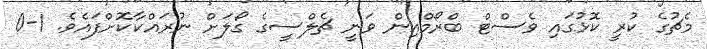
މެޗުގެ ކުރީ ކޮޅުގައި ވެސްޓް ބްރޯމްއިން ވަނީ ޗެލްސީގެ ގޯލަށް ނުރައްކާކޮށްފައެވެ. 1-0